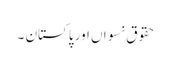
حقوق نسواں اور پاکستان ۔